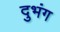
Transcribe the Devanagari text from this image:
दुभंग